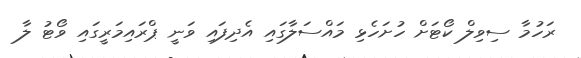
ރަހުމާ ސިވިލް ކޯޓަށް ހުށަހެޅި މައްސަލާގައި އެދިފައި ވަނީ ޕްރައިމަރީގައި ވޯޓު ލާ